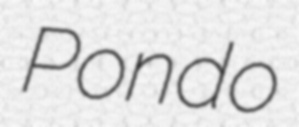
Pondo